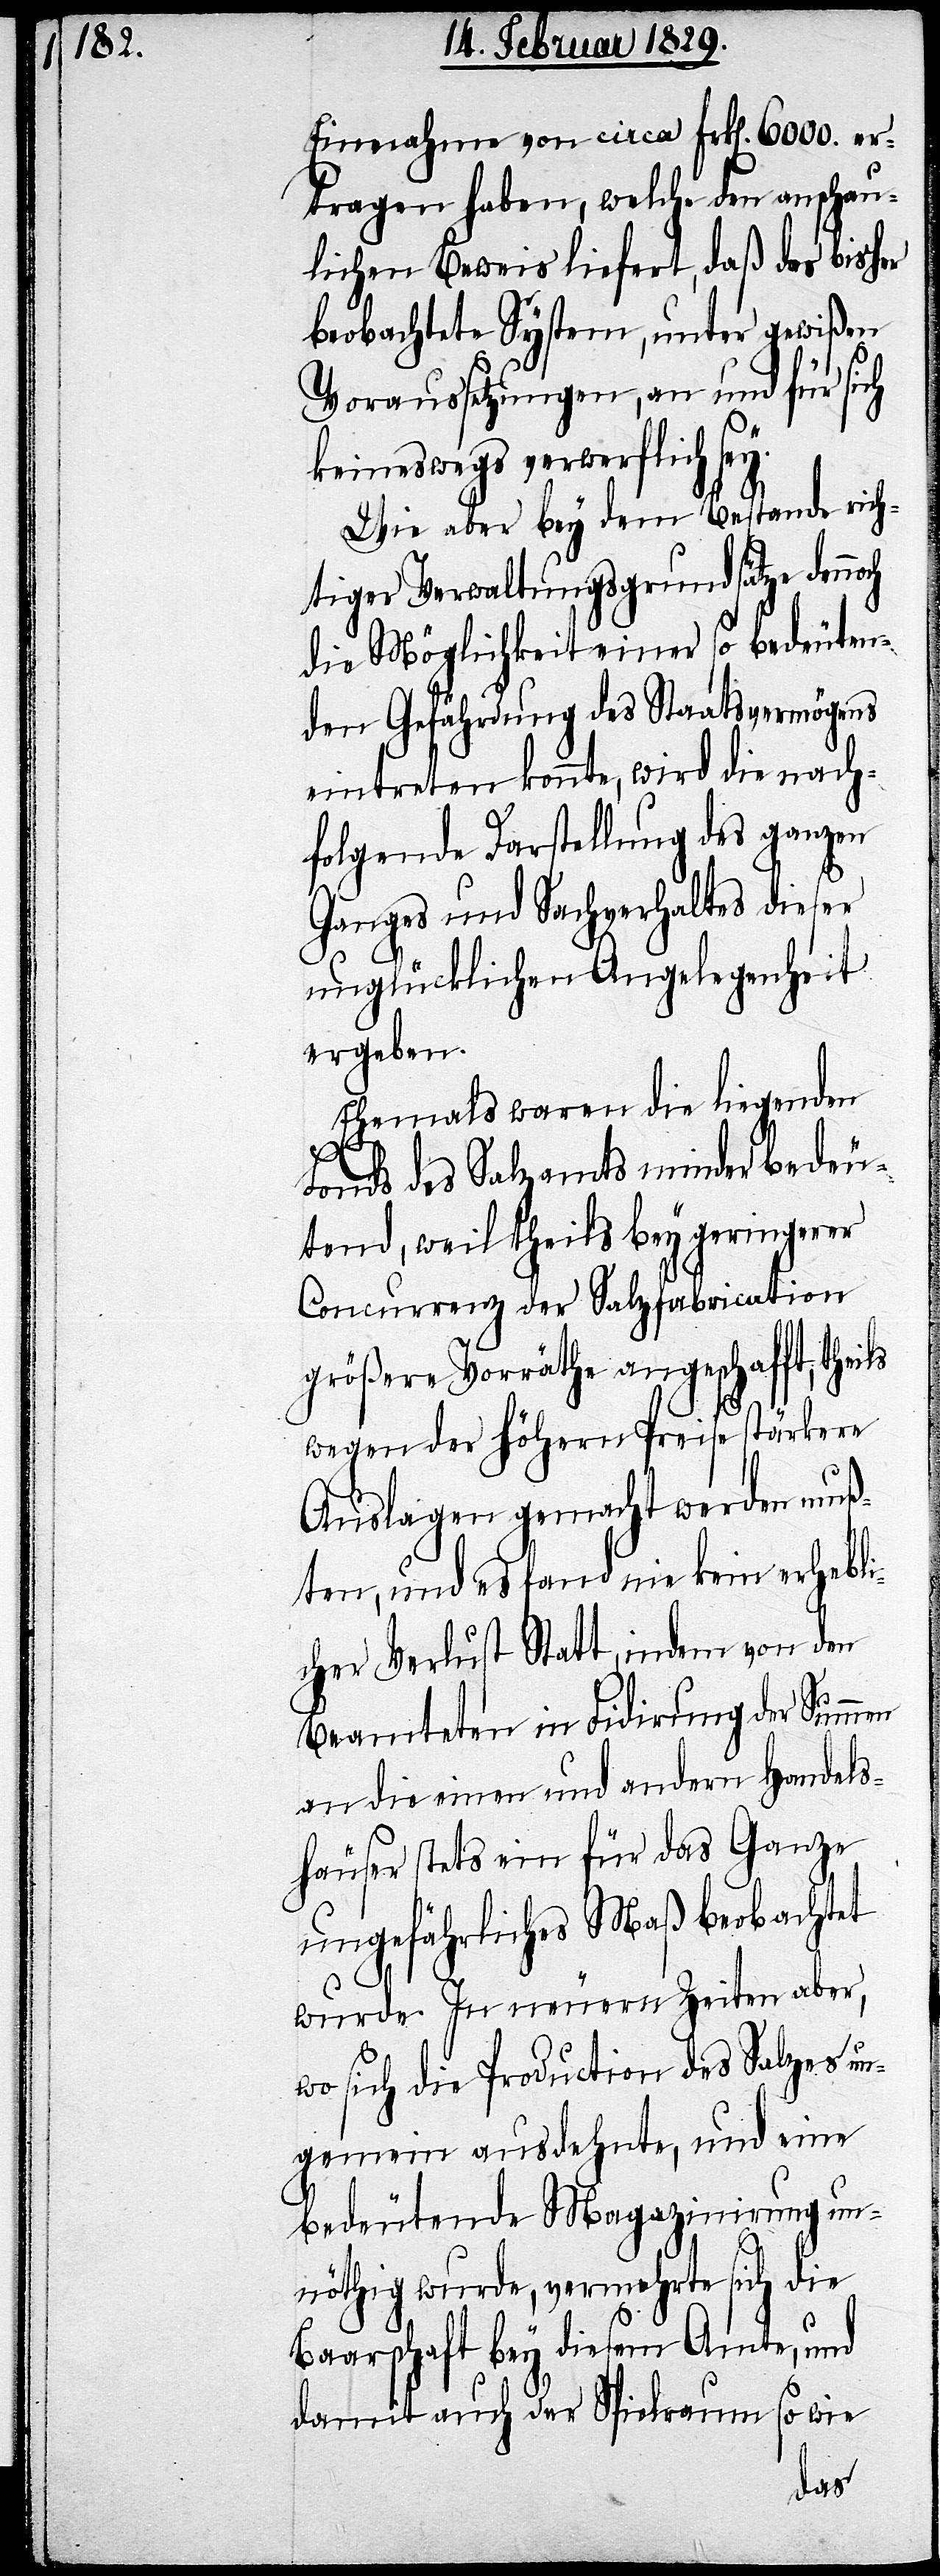
Einnahme von circa Frk[en]. 6000. er¬
tragen haben, welche den anschau¬
lichen Beweis liefert, daß das bisher
beobachtete System, unter gewißen
Voraussetzungen, an und für sich
keineswegs verwerflich sey.
Wie aber bey dem Bestande rich¬
tiger Verwaltungsgrundsätze denn¬
die Möglichkeit einer so bedeuten¬
den Gefährdung des Staatsvermögens
eintreten konnte, wird die nach¬
folgende Darstellung des ganzen
Ganges und Sachverhaltes dieser
unglücklichen Angelegenheit
ergeben.
Ehemals waren die liegenden
Fonds des Salzamtes minder bedeu¬
tend, weil theils bey geringerer
Concurrenz der Salzfabrication
größere Vorräthe angeschafft,
wegen der höhern Preise stärkere
Auslagen gemacht werden muß¬
ten, und es fand nie kein erhebl¬
icher Verlust Statt, indem von den
Beamteten in Fidirung der Summe
an die einen und andern Handels¬
häuser stets ein für das Ganze
ungefährliches Maß beobachtet
och
wurde. In neuern Zeiten aber,
wo sich die Production des Salzes un¬
gemein ausdehnte, und eine
bedeutende Magazinirung un¬
nöthig wurde, vermehrte sich die
Baarschaft bey diesem Amte, und
damit auch der Spielraum so wie